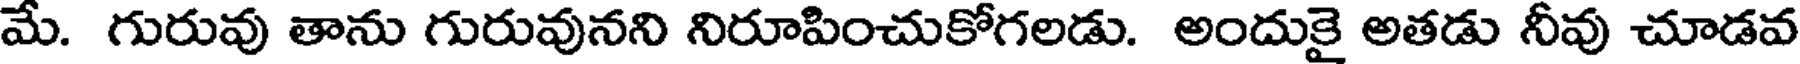
మే. గురువు తాను గురువునని నిరూపించుకోగలడు. అందుకై అతడు నీవు చూడవ